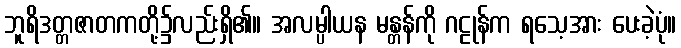
ဘူရိဒတ္တဇာတကတို့၌လည်းရှိ၏။ အလမ္ပါယန မန္တန်ကို ဂဠုန်က ရသေ့အား ပေးခဲ့ပုံ။